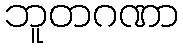
ဘူတဂဏာ